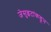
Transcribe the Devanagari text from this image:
जेसुइटांकडून